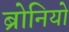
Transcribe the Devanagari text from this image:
ब्रोनियो